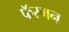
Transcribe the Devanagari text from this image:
फॅरमन